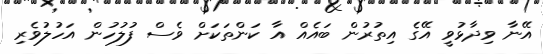
އޭނާ ވިދާޅުވީ އޭގެ އިތުރުން ބައެއް އާ ކަންތަކަށް ވެސް ފުލުހުން އަހުލުވެރި